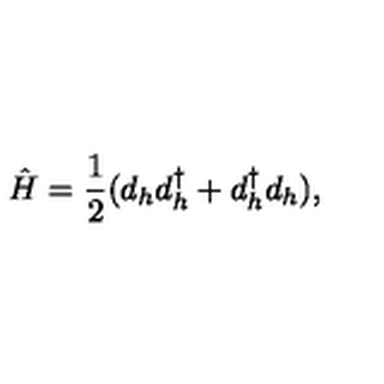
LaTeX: \hat { H } = { \frac { 1 } { 2 } } ( d _ { h } d _ { h } ^ { \dagger } + d _ { h } ^ { \dagger } d _ { h } ) ,